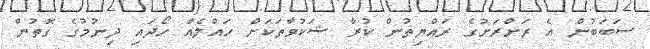
ސަބަބުން އެ ރަށްރަށުގެ ރައްޔިތުން ކުރާ ޝަކުވާތަކަށް ހައްލެއް ހޯދައި ދިނުމުގެ ގޮތުން